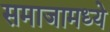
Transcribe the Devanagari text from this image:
समाजामध्‍ये